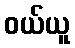
ဝယ်ယူ